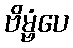
ဗိမ္ဗံပေ